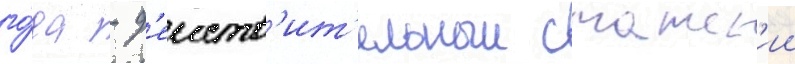
го́да - д'еиств'ит'ельныи статск'ии